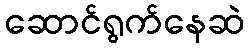
ဆောင်ရွက်နေဆဲ